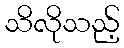
သိလိုသည့်